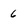
Character: 6